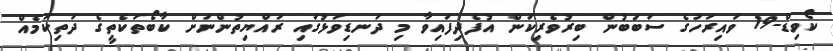
ކޯވިޑް-19 ވައިރަހުގެ ސަބަބުން ބިރުވެރިކަން އުފެދިފައިވާ މި ދަނޑިވަޅުގައި ރައްޔިތުންނަށް ކާބޯތަކެތީގެ ދަތިކަމެއް